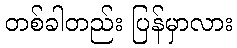
တစ်ခါတည်း ပြန်မှာလား